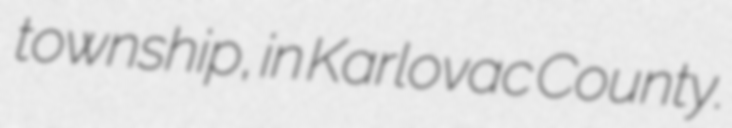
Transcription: township, in Karlovac County.